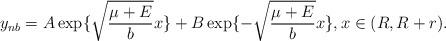
LaTeX: \begin{align*}y_{nb}=A \exp\{ \sqrt{\frac{\mu+E}{b}}x\}+B \exp\{ - \sqrt{\frac{\mu+E}{b}}x\}, x\in (R,R+r).\end{align*}